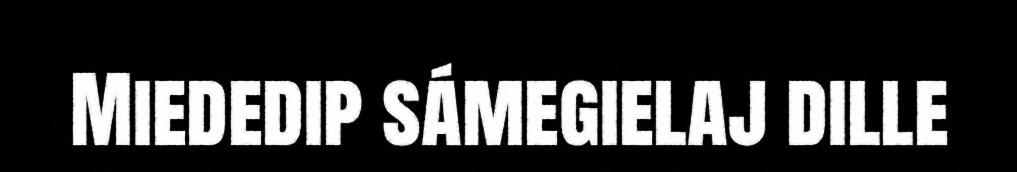
Miededip sámegielaj dille